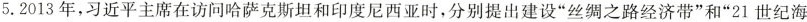
5.2013年，习近平主席在访问哈萨克斯坦和印度尼西亚时，分别提出建设”丝绸之路经济带”和”21世纪海